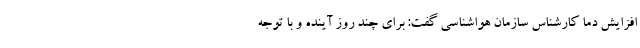
افزایش دما کارشناس سازمان هواشناسی گفت: برای چند روز آینده و با توجه